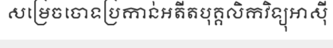
សម្រេចចោទប្រកាន់អតីតបុគ្គលិកវិទ្យុអាស៊ី